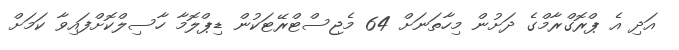
އަދި އެ ޕްރޮގްރާމްގެ ދަށުން މިހާތަނަށް 64 މެޖިސްޓްރޭޓަކުން ޑިޕްލޮމާ ހާސިލްކޮށްފައިވާ ކަމަށް